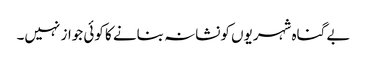
بے گناہ شہریوں کونشانہ بنانے کا کوئی جواز نہیں۔